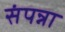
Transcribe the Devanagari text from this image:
संपन्ना